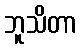
ဘူသိတာ